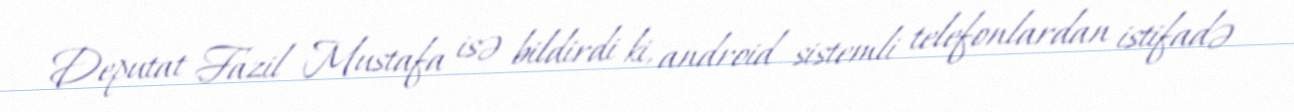
Deputat Fazil Mustafa isə bildirdi ki, android sistemli telefonlardan istifadə